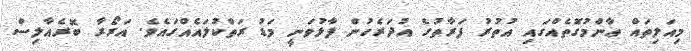
މިއަލިތައް ޢާންމުގޮތެއްގައި އުތުރު ފަރާތުގެ އުދަރެހުން ފާޅުވަނީ މަޑު ރަތްކުލައެއްގައެވެ. އަރޯރާ ބޮރެއާލިސް